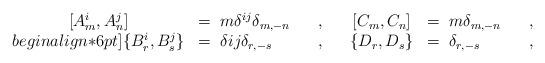
LaTeX: \begin{align*}\begin{array}{cllcll}{[A^i_m,A^j_n]}&=\; m \delta^{ij} \delta_{m,-n}\;\;\;&,\;\;\;&[C_m,C_n]&=\; m \delta_{m,-n}\;\;\;&,\\begin{align*}6pt]\{B^i_r,B^j_s \}&=\; \delta{ij} \delta_{r,-s}\;\;\;&,\;\;\;&\{D_r,D_s \}&=\; \delta_{r,-s}\;\;\;&,\end{array}\end{align*}